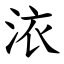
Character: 㳖